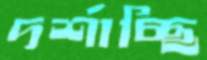
দর্শাচ্ছি